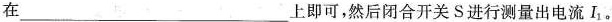
在___上即可，然后闭合开关S进行测量出电流I_{1}。